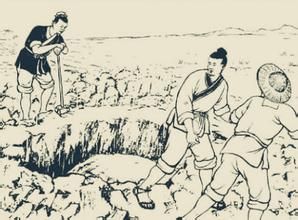
臣闻君子乐得其志。小人乐得其事。